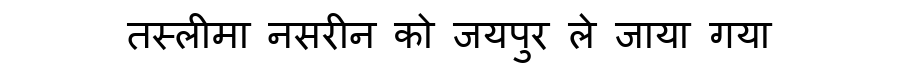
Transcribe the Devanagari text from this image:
तस्लीमा नसरीन को जयपुर ले जाया गया